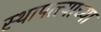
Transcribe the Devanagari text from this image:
स्थापत्त्याच्या